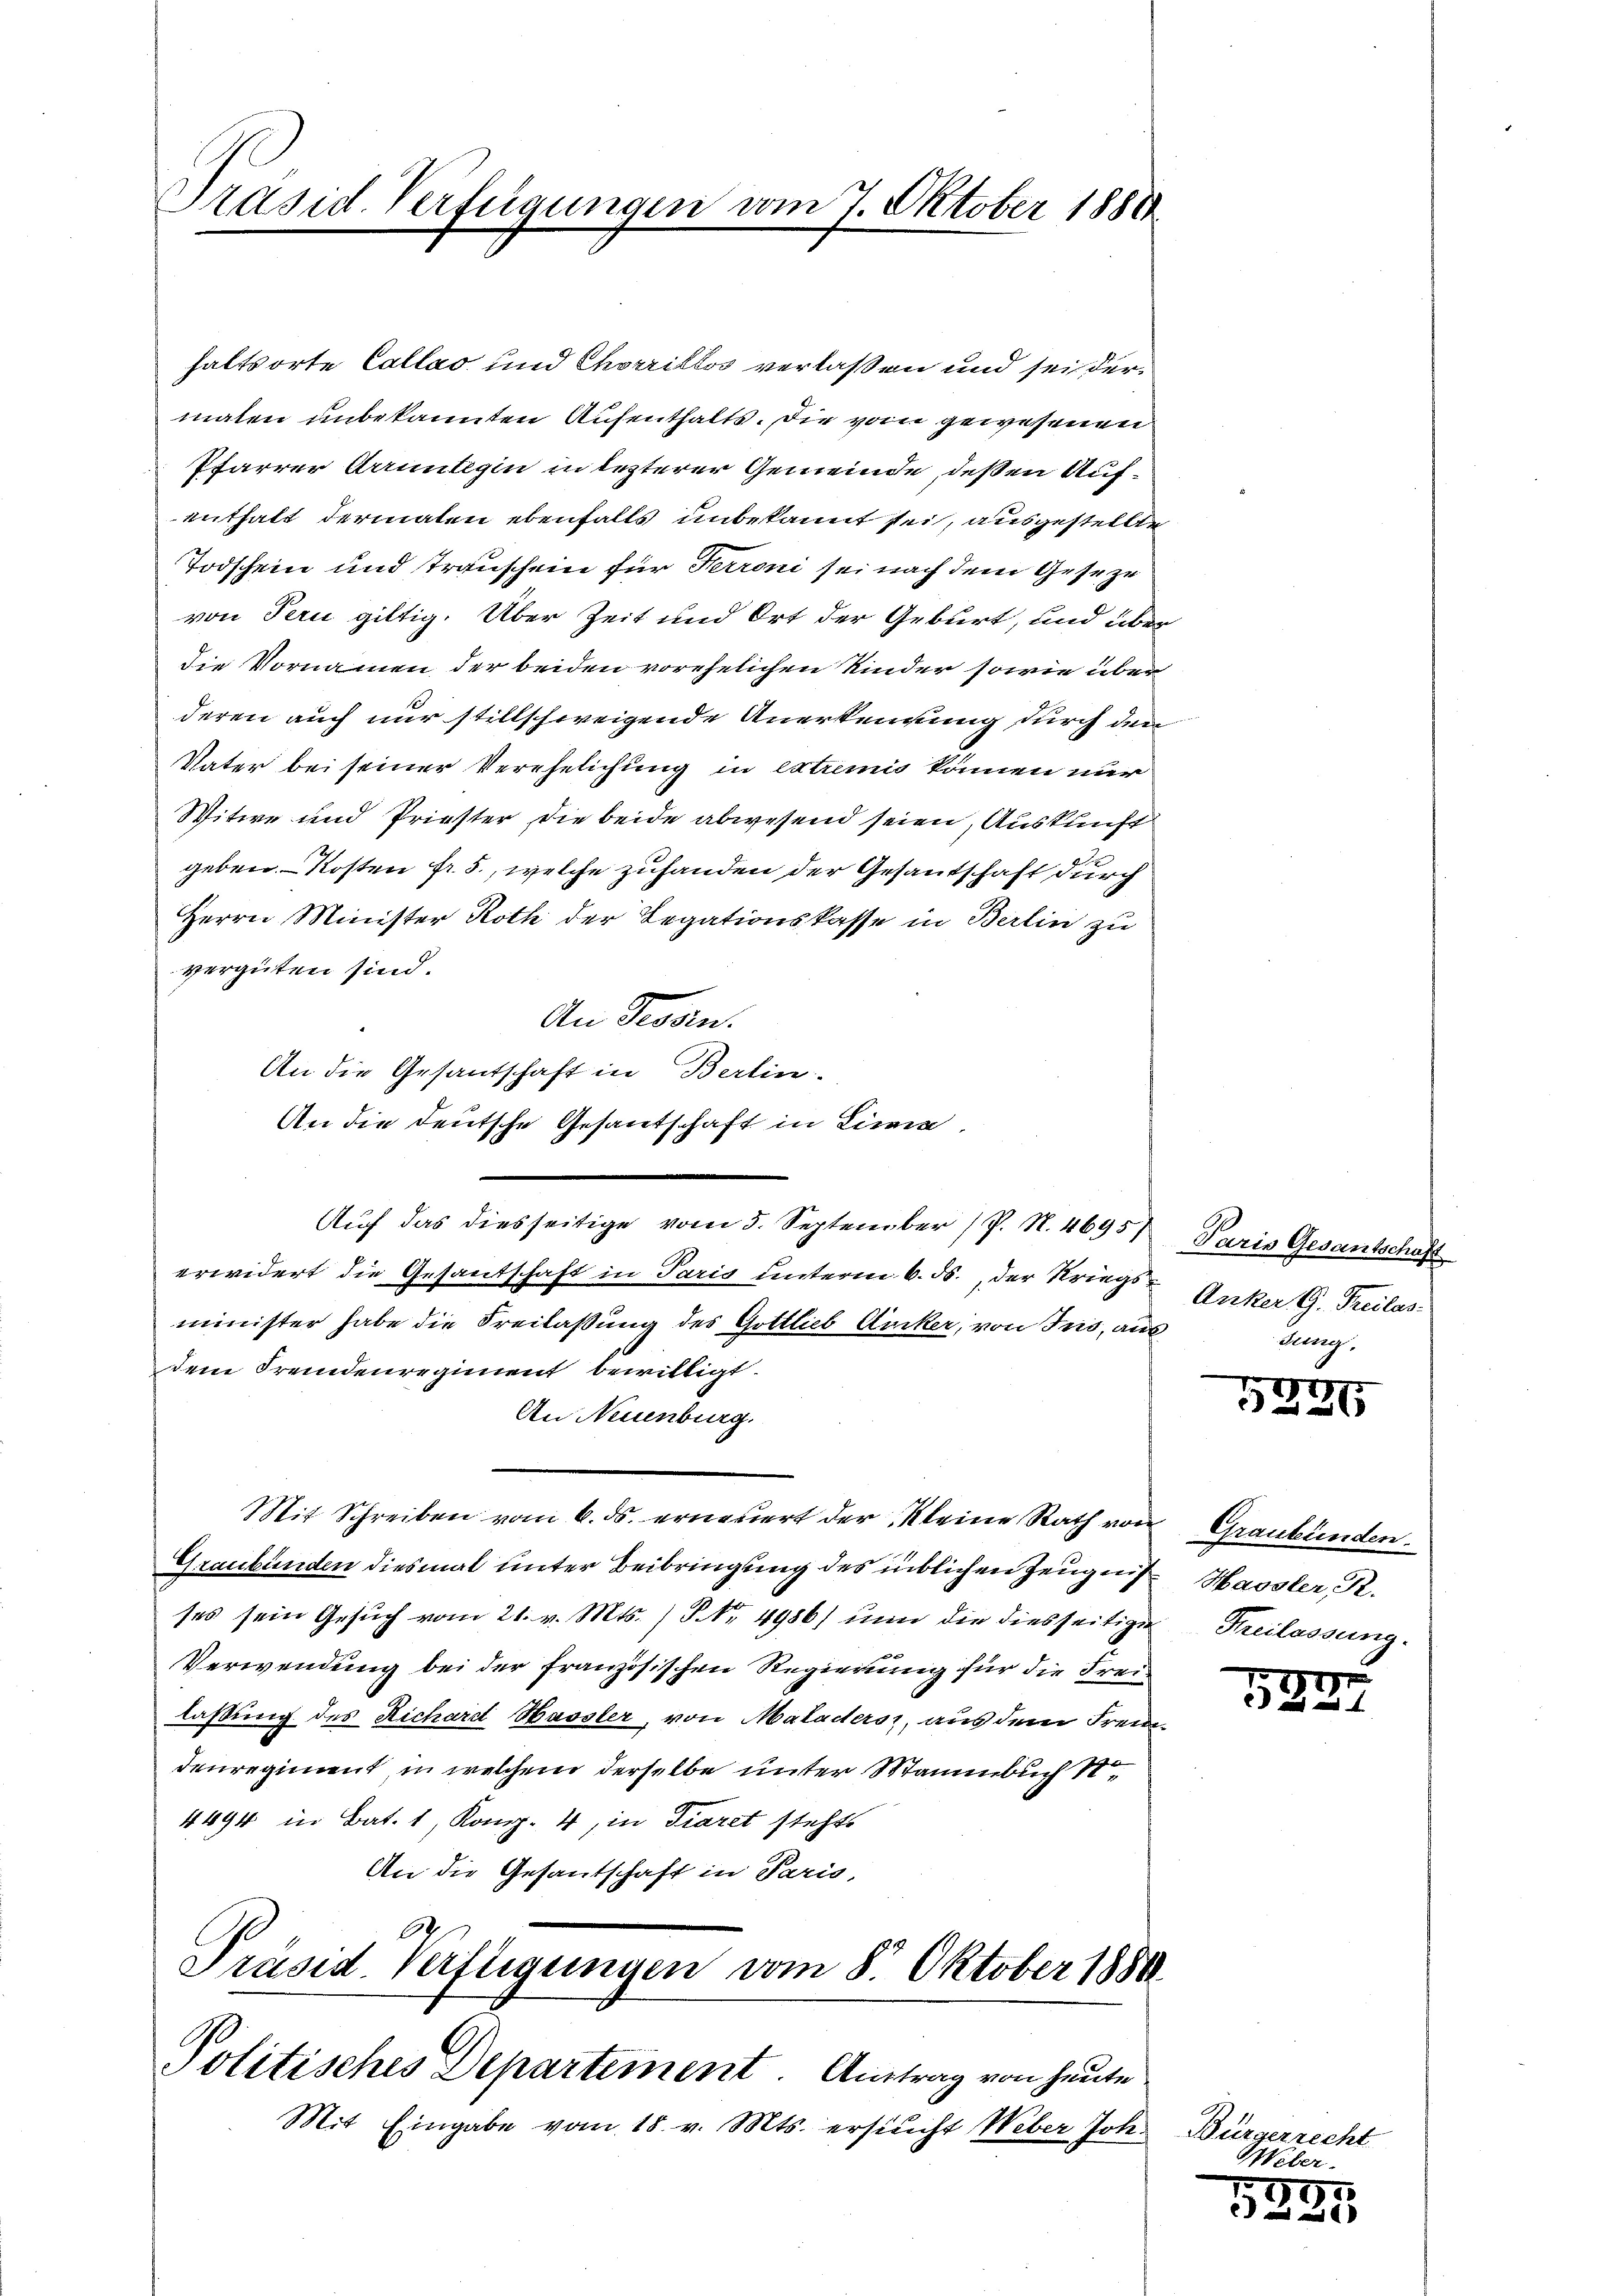
Präsid. Verfügungen vom 7. Oktober 1888

haltsorte Callas und Chorrillos verlassen und sei der
malen unbekannten Aufenthalts. Die vom gewesenen
Pfarrer Arrunbegin in lezterer Gemeinde, deßen Aufenthalt dermalen ebenfalls unbekannt sei, ausgestellte
Todschein und Trauschein für Terroni sei nach dem Geseze
von Pern giltig. Über Zeit und Ort der Geburt, und überdie Vornamen der beiden vorehelichen Kinder sowie über
deren auch nur stillschweigende Anerkennung durch den
Vater bei seiner Verehelichung in extremis können nur
Witwe und Priester die beide abwesend seien, Auskunft
geben. Kosten fr. 5., welche zuhanden der Gesantschaft durch
Herrn Minister Roth der Legationskasse in Berlin zu
vergüten sind.
An Gesan
An die Gesantschaft in Berlin.
An die deutsche Gesandschaft in Lini
Aŭf das diesseitige vom 5. September (P. N. 4695
erwidert die Gesantschaft in Paris unterm 6. ds., der Kriegsminister habe die Freilassung des Gottlieb Rucker, von Jns, aus
dem Fremdenregiment bewilligt.
An Neuenburg.
Mit Schreiben vom 6. ds. erneuert der Kleine Rath von Graubünden.
Graubünden diesmal unter Beibringung des üblichen Zeugnis
ses sein Gesuch vom 21. v. Mts. No. 4986) nun die diesseitige
Verwendung bei der französischen Regierung für die Freilaßung des Richard Hassler, von Maladers, aus dem Freindenregiment, in welchem derselbe unter Wammbuch S
4494 in Bat. 1, Komp. 4, in diaret stehts
An die Gesantschaft in Paris,
68
Präsid. Verfügungen vom 8. Oktober 1880
Politisches Departement. Antrag von heute
Mit Eingabe vom 18. v. Mts. ersucht Weber Joh.

Paris Gesantschaft
Anker G. Freilas
dung.

7)
3227

Haosler, S.
Freilassung.

1

Bürgerrecht
Weber.

595
e